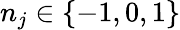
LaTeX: n_{j}\in\{ -1,0,1\}